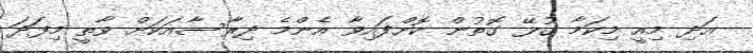
އަދި މިއީ މިކަމާ ގުޅޭ ގޮތުން ކޮށްފައިވާ އެންމެ ދިރާސާއަކަށް ވާތީ މިފަދަ